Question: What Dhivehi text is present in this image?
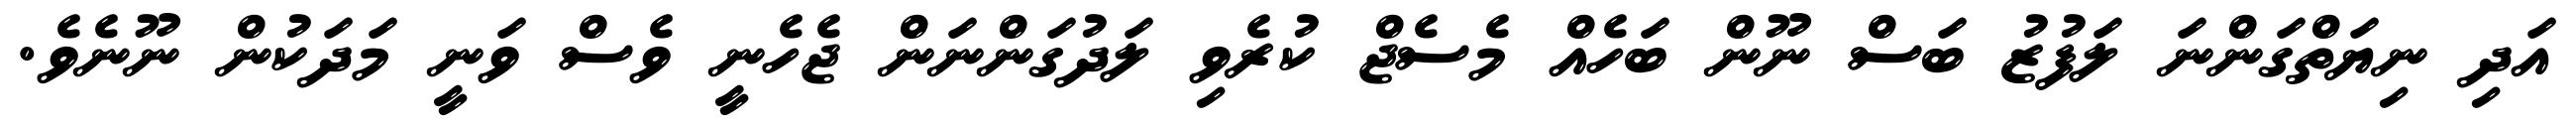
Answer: އަދި ނިޔަތްގަންނަ ލަފުޒު ބަސް ނޫން ބަހެއް މެސެޖް ކުރެވި ލަދުގަންނަން ޖެހެނީ ވެސް ވަނީ މަދަކުން ނޫނެވެ.